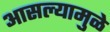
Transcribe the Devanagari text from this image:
आसल्‍यामुळे